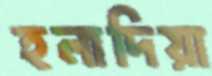
হলাদিয়া